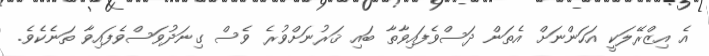
އެ އިޒްރޭލަކީ އަހަންނަށް އެތަން ދަސްވެފައިވާތާ ބައި ޤަރުނަށްވުރެ ވެސް ގިނަދުވަސްވެފައިވާ ތަނެކެވެ.